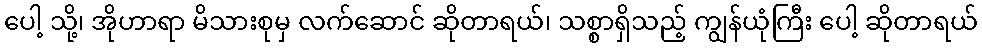
ပေါ့ သို့၊ အိုဟာရာ မိသားစုမှ လက်ဆောင် ဆိုတာရယ်၊ သစ္စာရှိသည့် ကျွန်ယုံကြီး ပေါ့ ဆိုတာရယ်